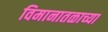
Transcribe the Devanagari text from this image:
विमानातळाच्या